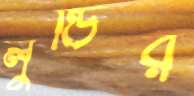
লুন্ডির